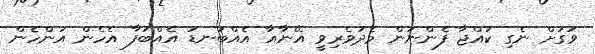
ވަގަށް ނެގި ކުއްޖާ ފެންނަން މެދުވެރިވީ އޭނާއާ އެއްބަނޑު އެއްބަފާ އެހެން އަންހެން